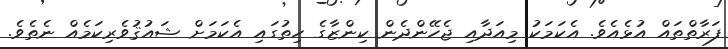
ފަރާތްތައް އުޅެއެވެ. އެކަމަކު މިއަދާއި ޖެހޭންދެން ކިންޒާގެ ހިތުގައި އެކަމަށް ޝައުޤުވެރިކަމެއް ނެތެވެ.